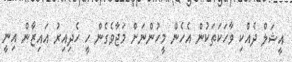
އީޝަލް ދެއްކި ވާހަކަތަކުން އެހެން މީހުންނަށް މަޖާވެގެން ހީ ހެދިއިރު އައިޒާން އިނީ